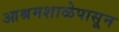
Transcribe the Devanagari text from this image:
आश्रमशाळेपासून